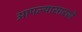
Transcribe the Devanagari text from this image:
आपल्यासारखे